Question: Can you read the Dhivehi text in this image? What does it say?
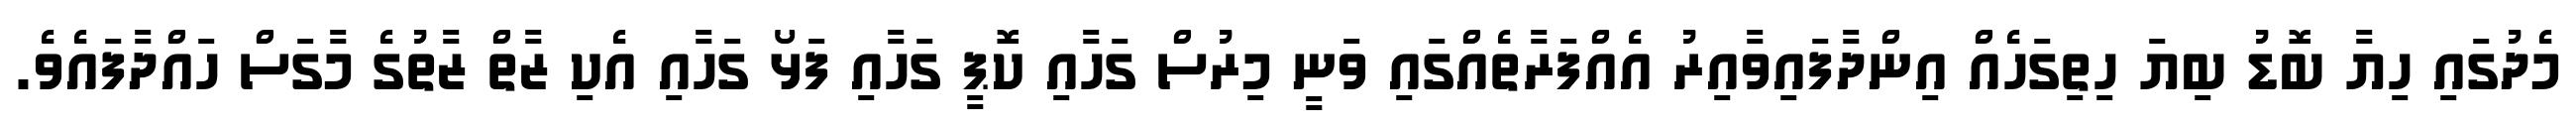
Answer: މެދުގައި ހިޔާ ބޮޑު ބިޔަ ހިތިގަހެއް އިންދާފައިވާއިރު އެއްފަރާތެއްގައި ވަނީ މިރުސް ގަހާއި ކޮޕީ ގަހާއި ފަޅޯ ގަހާއި އެކި ޒާތް ޒާތުގެ މާގަސް ހައްދާފައެވެ.